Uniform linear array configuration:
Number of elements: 64
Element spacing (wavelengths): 0.75
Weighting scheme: exponential
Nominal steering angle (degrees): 30
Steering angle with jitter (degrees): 28.594
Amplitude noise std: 0.05
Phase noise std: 0.05

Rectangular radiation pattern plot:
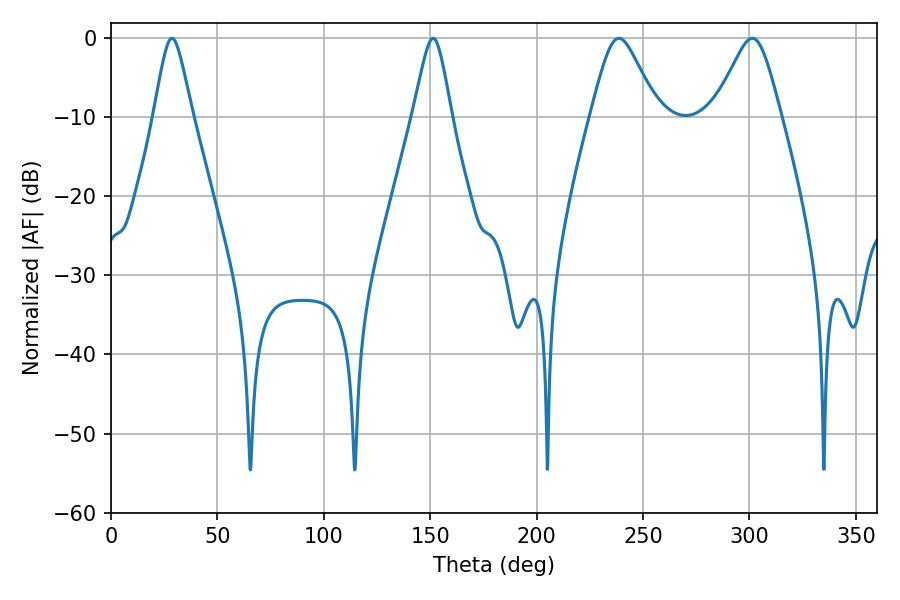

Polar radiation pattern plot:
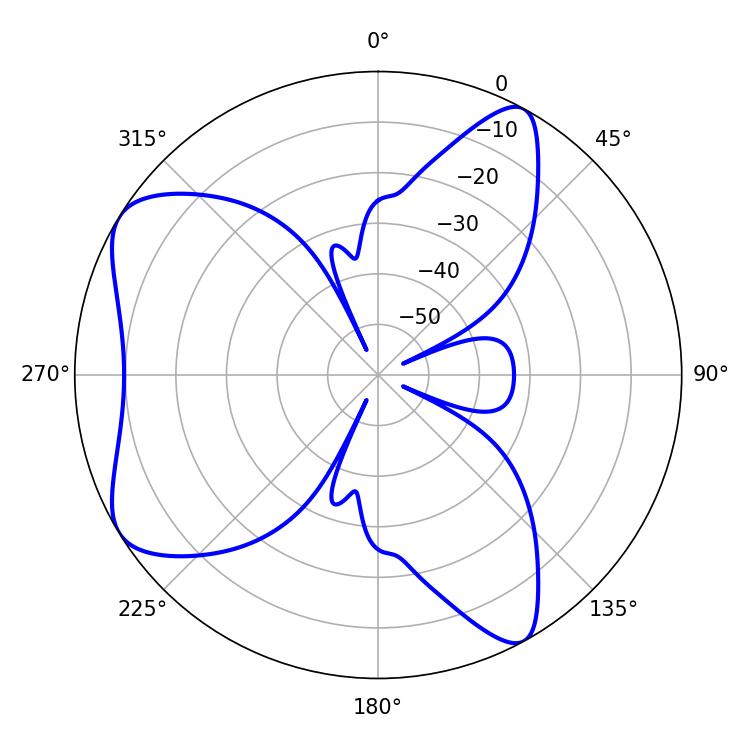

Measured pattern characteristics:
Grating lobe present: TRUE
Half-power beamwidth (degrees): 15.12
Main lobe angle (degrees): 301.32